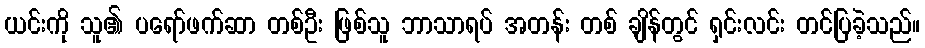
ယင်းကို သူ၏ ပရော်ဖက်ဆာ တစ်ဦး ဖြစ်သူ ဘာသာရပ် အတန်း တစ် ချိန်တွင် ရှင်းလင်း တင်ပြခဲ့သည်။